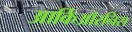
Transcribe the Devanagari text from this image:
आर्किऑरनिस